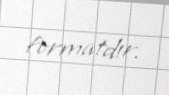
formatdır.